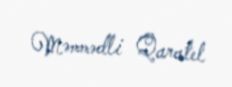
Məmmədli Qaratel